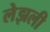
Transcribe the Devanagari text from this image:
लेझली